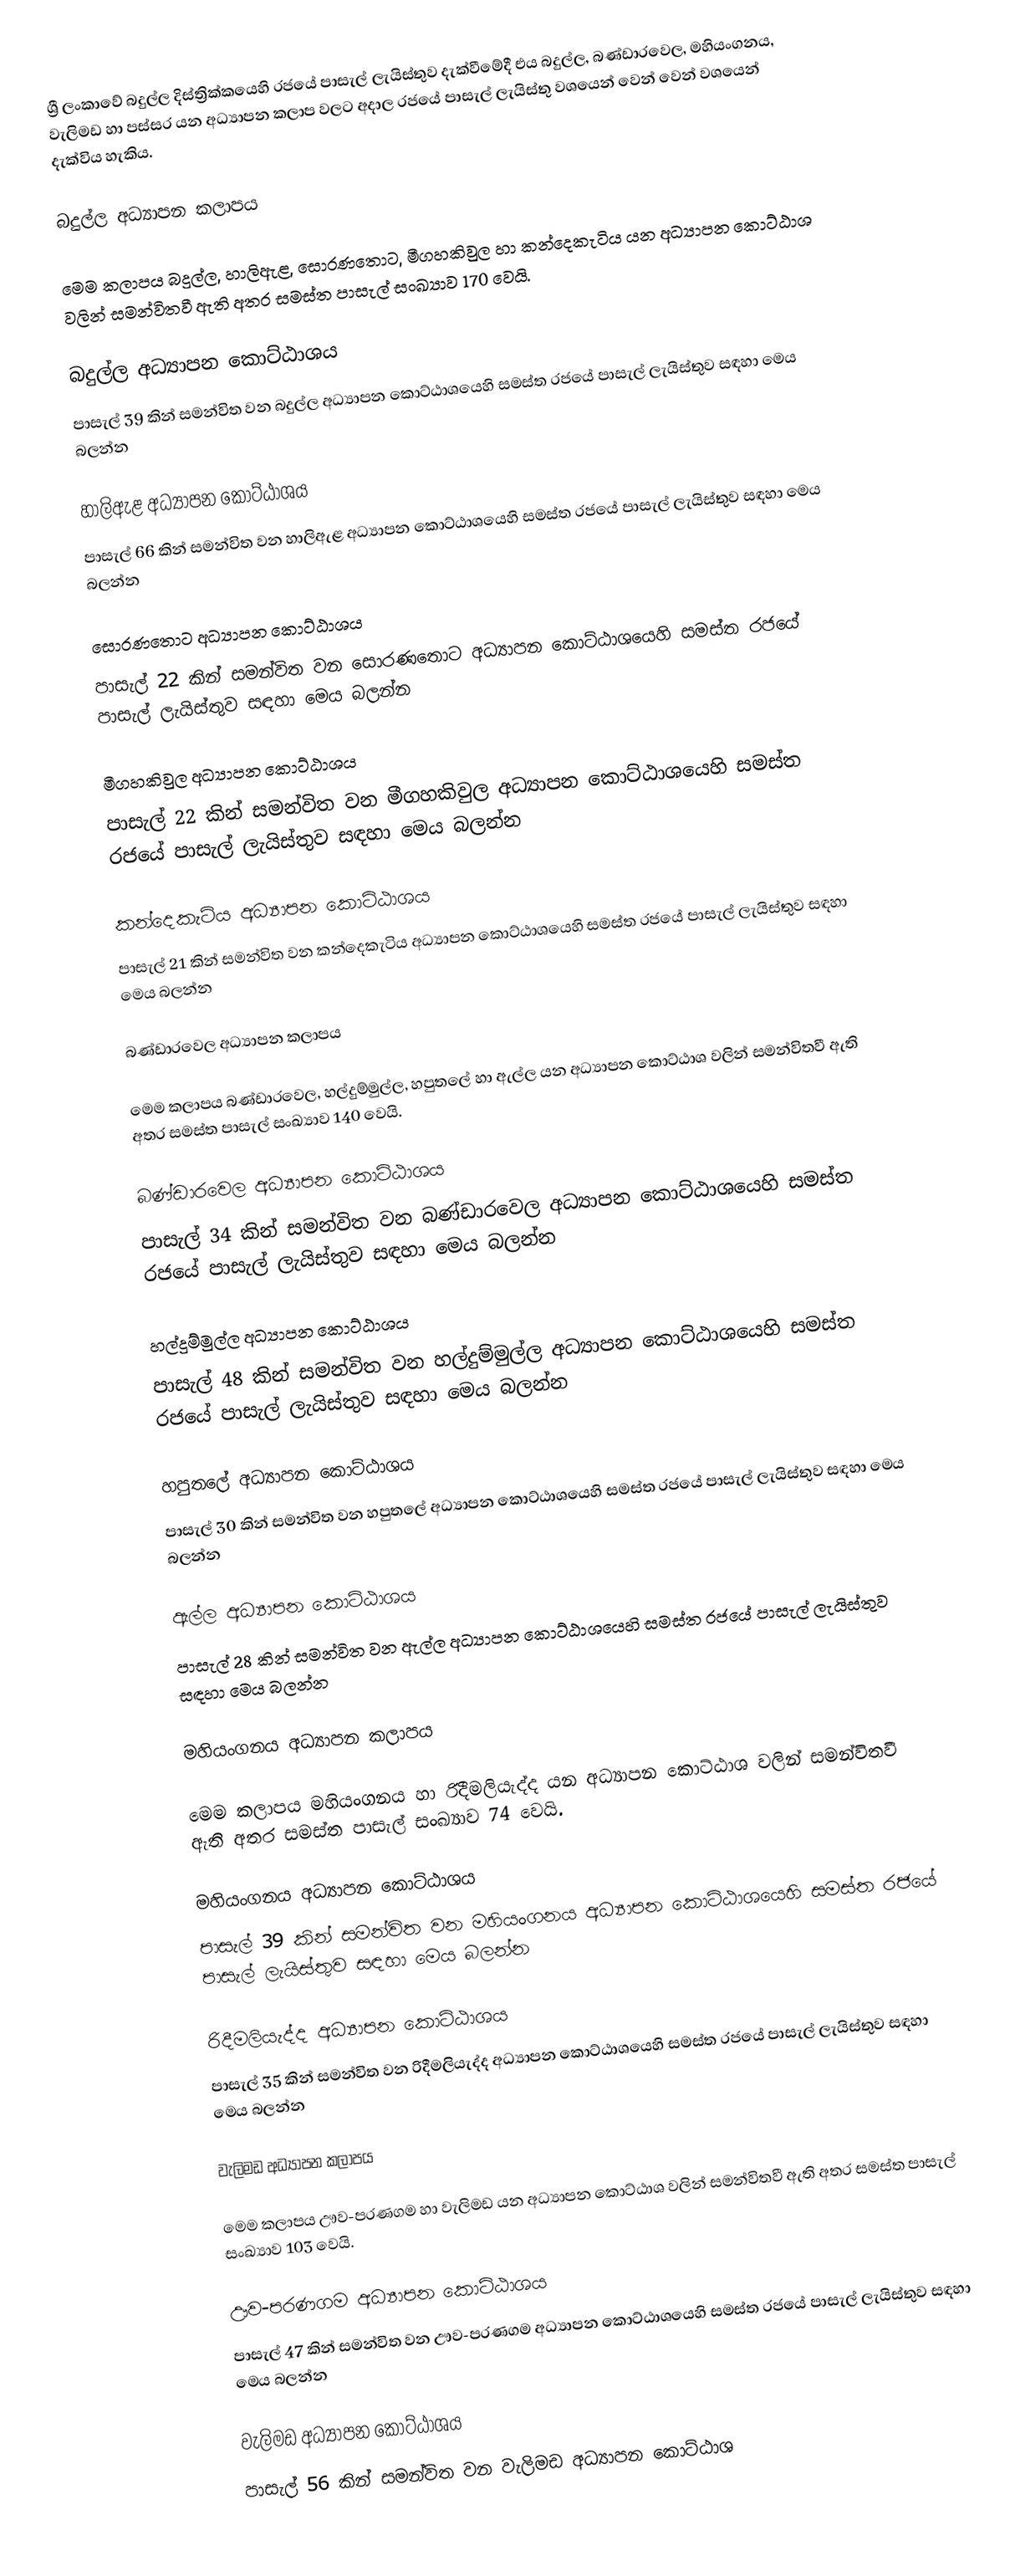
ශ්‍රී ලංකාවේ බදුල්ල දිස්ත්‍රික්කයෙහි රජයේ පාසැල් ලැයිස්තුව දැක්වීමේදී එය බදුල්ල, බණ්ඩාරවෙල, මහියංගනය, වැලිමඩ හා පස්සර යන අධ්‍යාපන කලාප  වලට අදාල රජයේ පාසැල් ලැයිස්තු වශයෙන් වෙන් වෙන් වශයෙන් දැක්විය හැකිය.

බදුල්ල අධ්‍යාපන කලාපය

මෙම කලාපය බදුල්ල, හාලිඇළ, සොරණතොට, මීගහකිවුල හා කන්දෙකැටිය යන අධ්‍යාපන කොට්ඨාශ වලින් සමන්විතවී ඇති අතර සමස්ත පාසැල් සංඛ්‍යාව 170 වෙයි.

බදුල්ල අධ්‍යාපන කොට්ඨාශය
පාසැල් 39 කින් සමන්විත වන බදුල්ල අධ්‍යාපන කොට්ඨාශයෙහි සමස්ත රජයේ පාසැල් ලැයිස්තුව සඳහා මෙය බලන්න

හාලිඇළ අධ්‍යාපන කොට්ඨාශය
පාසැල් 66 කින් සමන්විත වන හාලිඇළ අධ්‍යාපන කොට්ඨාශයෙහි සමස්ත රජයේ පාසැල් ලැයිස්තුව සඳහා මෙය බලන්න

සොරණතොට අධ්‍යාපන කොට්ඨාශය
පාසැල් 22 කින් සමන්විත වන සොරණතොට අධ්‍යාපන කොට්ඨාශයෙහි සමස්ත රජයේ පාසැල් ලැයිස්තුව සඳහා මෙය බලන්න

මීගහකිවුල  අධ්‍යාපන කොට්ඨාශය
පාසැල් 22 කින් සමන්විත වන මීගහකිවුල අධ්‍යාපන කොට්ඨාශයෙහි සමස්ත රජයේ පාසැල් ලැයිස්තුව සඳහා මෙය බලන්න

කන්දෙකැටිය අධ්‍යාපන කොට්ඨාශය
පාසැල් 21 කින් සමන්විත වන කන්දෙකැටිය අධ්‍යාපන කොට්ඨාශයෙහි සමස්ත රජයේ පාසැල් ලැයිස්තුව සඳහා මෙය බලන්න

බණ්ඩාරවෙල අධ්‍යාපන කලාපය

මෙම කලාපය බණ්ඩාරවෙල, හල්දුම්මුල්ල, හපුතලේ හා ඇල්ල යන අධ්‍යාපන කොට්ඨාශ වලින් සමන්විතවී ඇති අතර සමස්ත පාසැල් සංඛ්‍යාව 140 වෙයි.

බණ්ඩාරවෙල අධ්‍යාපන කොට්ඨාශය
පාසැල් 34 කින් සමන්විත වන බණ්ඩාරවෙල අධ්‍යාපන කොට්ඨාශයෙහි සමස්ත රජයේ පාසැල් ලැයිස්තුව සඳහා මෙය බලන්න

හල්දුම්මුල්ල අධ්‍යාපන කොට්ඨාශය
පාසැල් 48 කින් සමන්විත වන හල්දුම්මුල්ල අධ්‍යාපන කොට්ඨාශයෙහි සමස්ත රජයේ පාසැල් ලැයිස්තුව සඳහා මෙය බලන්න

හපුතලේ අධ්‍යාපන කොට්ඨාශය
පාසැල් 30 කින් සමන්විත වන හපුතලේ අධ්‍යාපන කොට්ඨාශයෙහි සමස්ත රජයේ පාසැල් ලැයිස්තුව සඳහා මෙය බලන්න

ඇල්ල  අධ්‍යාපන කොට්ඨාශය
පාසැල් 28 කින් සමන්විත වන ඇල්ල අධ්‍යාපන කොට්ඨාශයෙහි සමස්ත රජයේ පාසැල් ලැයිස්තුව සඳහා මෙය බලන්න

මහියංගනය අධ්‍යාපන කලාපය

මෙම කලාපය මහියංගනය හා රිදීමලියැද්ද යන අධ්‍යාපන කොට්ඨාශ වලින් සමන්විතවී ඇති අතර සමස්ත පාසැල් සංඛ්‍යාව 74 වෙයි.

මහියංගනය අධ්‍යාපන කොට්ඨාශය
පාසැල් 39 කින් සමන්විත වන මහියංගනය අධ්‍යාපන කොට්ඨාශයෙහි සමස්ත රජයේ පාසැල් ලැයිස්තුව සඳහා මෙය බලන්න

රිදීමලියැද්ද අධ්‍යාපන කොට්ඨාශය
පාසැල් 35 කින් සමන්විත වන රිදීමලියැද්ද අධ්‍යාපන කොට්ඨාශයෙහි සමස්ත රජයේ පාසැල් ලැයිස්තුව සඳහා මෙය බලන්න

වැලිමඩ අධ්‍යාපන කලාපය

මෙම කලාපය ඌව-පරණගම හා වැලිමඩ යන අධ්‍යාපන කොට්ඨාශ වලින් සමන්විතවී ඇති අතර සමස්ත පාසැල් සංඛ්‍යාව 103 වෙයි.

ඌව-පරණගම අධ්‍යාපන කොට්ඨාශය
පාසැල් 47 කින් සමන්විත වන ඌව-පරණගම අධ්‍යාපන කොට්ඨාශයෙහි සමස්ත රජයේ පාසැල් ලැයිස්තුව සඳහා මෙය බලන්න

වැලිමඩ  අධ්‍යාපන කොට්ඨාශය
පාසැල් 56 කින් සමන්විත වන වැලිමඩ  අධ්‍යාපන කොට්ඨාශ